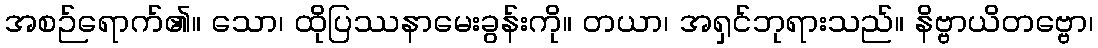
အစဉ်ရောက်၏။ သော၊ ထိုပြဿနာမေးခွန်းကို။ တယာ၊ အရှင်ဘုရားသည်။ နိဗ္ဗာယိတဗ္ဗော၊